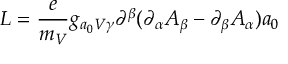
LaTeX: { \cal L } = \frac { e } { m _ { V } } g _ { a _ { 0 } V \gamma } \partial ^ { \beta } ( \partial _ { \alpha } A _ { \beta } - \partial _ { \beta } A _ { \alpha } ) a _ { 0 }